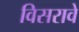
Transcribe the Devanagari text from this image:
विसरावे